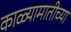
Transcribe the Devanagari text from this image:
काळ्यामातीच्या